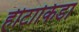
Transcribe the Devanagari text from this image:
हीटाकिडा